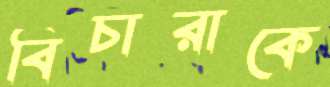
বিচারাকে